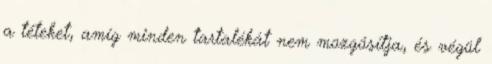
a téteket, amíg minden tartalékát nem mozgósítja, és végül